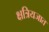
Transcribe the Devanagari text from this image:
क्षत्रियजात